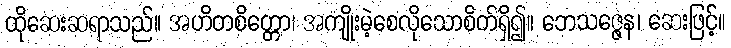
ထိုဆေးဆရာသည်။ အဟိတစိတ္တော၊ အကျိုးမဲ့စေလိုသောစိတ်ရှိ၍။ ဘေသဇ္ဇေန၊ ဆေးဖြင့်။